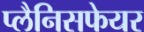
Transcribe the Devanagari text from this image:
प्लैनिसफेयर